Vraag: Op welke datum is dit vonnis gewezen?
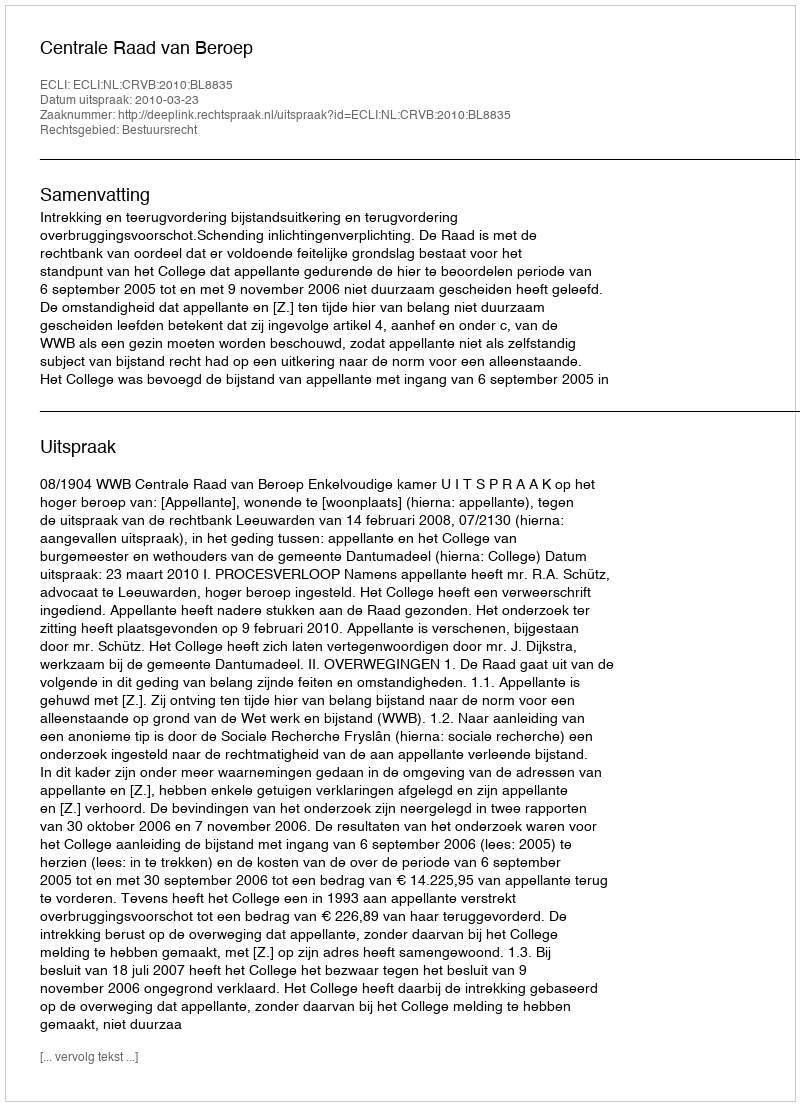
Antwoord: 2010-03-23